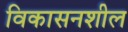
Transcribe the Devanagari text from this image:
विकासनशील